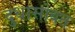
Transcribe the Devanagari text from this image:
दुधासोबत